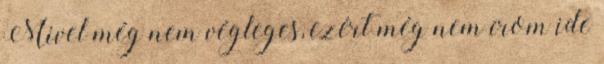
Mivel még nem végleges, ezért még nem írom ide